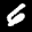
Label: 6